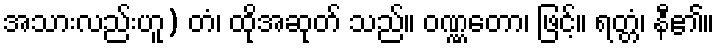
အသားလည်းဟူ) တံ၊ ထိုအဆုတ် သည်။ ဝဏ္ဏတော၊ ဖြင့်။ ရတ္တံ၊ နီ၏။